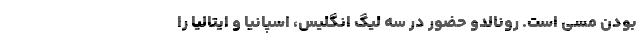
بودن مسی است. رونالدو حضور در سه لیگ انگلیس، اسپانیا و ایتالیا را